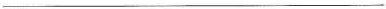
___